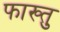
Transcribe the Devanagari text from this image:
फाख्तु